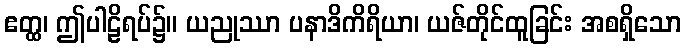
ဧတ္ထ၊ ဤပါဠိရပ်၌။ ယညုဿာ ပနာဒိကိရိယာ၊ ယဇ်တိုင်ထူခြင်း အစရှိသော